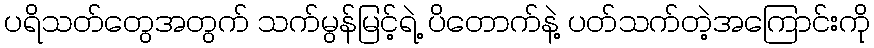
ပရိသတ်တွေအတွက် သက်မွန်မြင့်ရဲ့ ပိတောက်နဲ့ ပတ်သက်တဲ့အကြောင်းကို